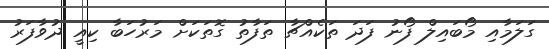
ގަލަމާއި މޯބައިލް ފޯނު ފަދަ ތަކެއްޗާ ތަފާތު ގޮތަކަށް މަރުހަބާ ކިއީ ދުވާފަރު